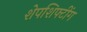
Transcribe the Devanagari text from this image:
शेपशिफ्टींग